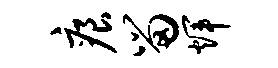
痕留辉